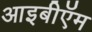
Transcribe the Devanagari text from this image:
आइबीऍम